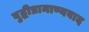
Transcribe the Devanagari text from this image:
बुद्धीप्रामाण्यवाद